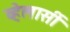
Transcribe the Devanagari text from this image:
व्हेलार्सी